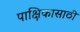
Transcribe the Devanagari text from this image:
पाक्षिकासाठी